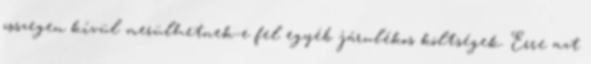
összegen kívül merülhetnek-e fel egyéb járulékos költségek. Erre azt